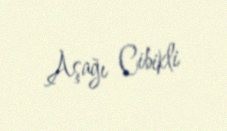
Aşağı Cibikli